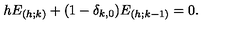
h E _ { ( h ; k ) } + ( 1 - \delta _ { k , 0 } ) E _ { ( h ; k - 1 ) } = 0 .